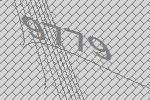
9779